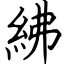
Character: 紼